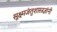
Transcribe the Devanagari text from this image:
सूक्ष्मजंतुशास्त्रज्ञांनी